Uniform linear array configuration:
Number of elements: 64
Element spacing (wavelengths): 0.5
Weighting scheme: exponential
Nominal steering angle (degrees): -15
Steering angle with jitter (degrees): -16.835
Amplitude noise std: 0.05
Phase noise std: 0.05

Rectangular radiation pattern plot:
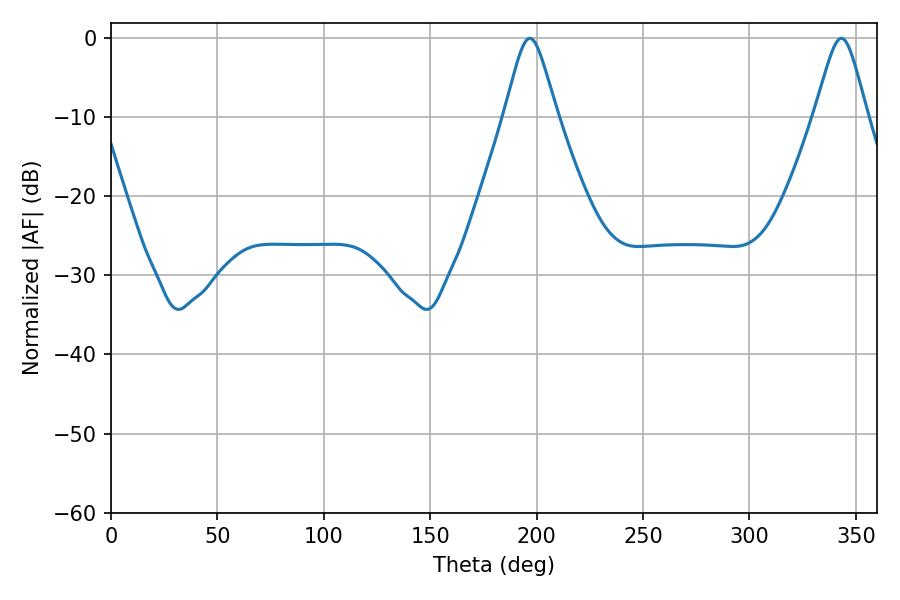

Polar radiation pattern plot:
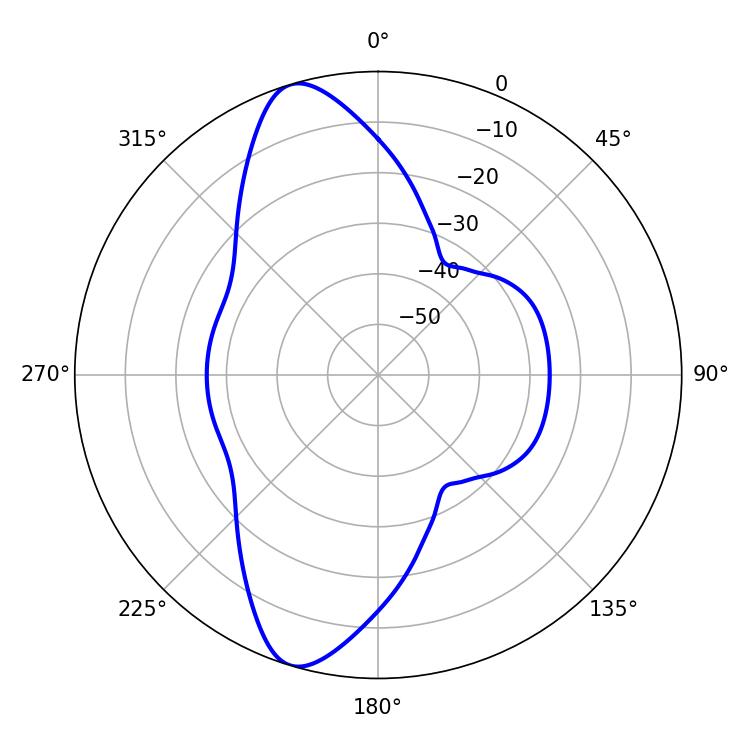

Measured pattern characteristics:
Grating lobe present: FALSE
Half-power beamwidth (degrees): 11.88
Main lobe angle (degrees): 196.74